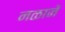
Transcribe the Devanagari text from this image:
नळानें